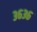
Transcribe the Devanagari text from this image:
३६३६